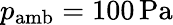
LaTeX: p_{\mathrm{amb}}=100\, \mathrm{Pa}